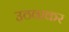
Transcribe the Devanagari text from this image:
उठवाकर